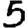
Digit: 5